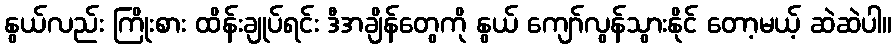
နွယ်လည်း ကြိုးစား ထိန်းချုပ်ရင်း ဒီအချိန်တွေကို နွယ် ကျော်လွန်သွားနိုင် တော့မယ့် ဆဲဆဲပါ။